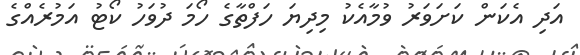
އަދި އެކަން ކަށަވަރު ވުމާއެކު މިދިޔަ ހަފްތާގެ ހޯމަ ދުވަހު ކޯޓު އަމުރެއްގެ